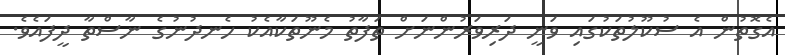
އެގޮތުން އެ ސުކޫލުތަކުގައި ވަނީ ދަރިވަރުންނަށް ތަފާތު މެނޫތަކާއެކު ހެނދުނުގެ ނާސްތާ ދީފައެވެ.